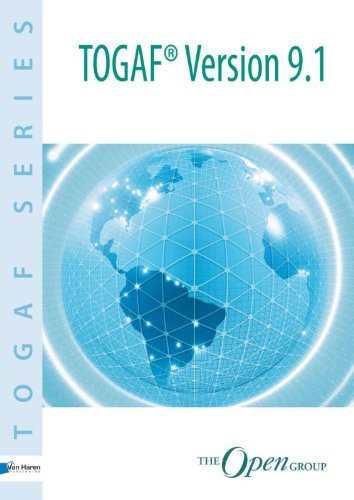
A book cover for TOGAF Version 9.1; Van Haren; Computers & Technology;